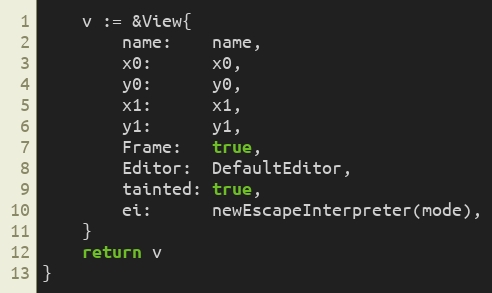
Language: Go
	v := &View{
		name:    name,
		x0:      x0,
		y0:      y0,
		x1:      x1,
		y1:      y1,
		Frame:   true,
		Editor:  DefaultEditor,
		tainted: true,
		ei:      newEscapeInterpreter(mode),
	}
	return v
}